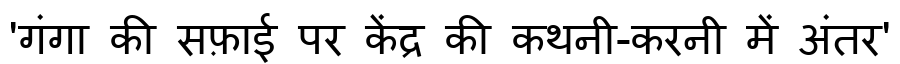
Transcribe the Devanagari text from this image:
'गंगा की सफ़ाई पर केंद्र की कथनी-करनी में अंतर'